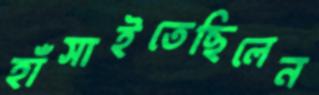
হাঁসাইতেছিলেন